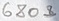
Text: 680Ω